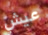
عيش